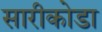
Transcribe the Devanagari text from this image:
सारीकोडा